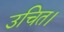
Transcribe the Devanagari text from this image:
उचित।